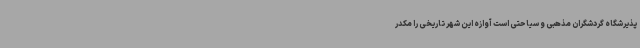
پذیرشگاه گردشگران مذهبی و سیاحتی است آوازه این شهر تاریخی را مکدر